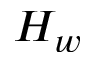
H _ { w }